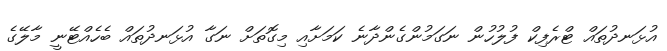
އުޅަނދުތައް ޓްރެފިކް ފުލުހުން ނަގަމުންގެންދާނެ ކަމަށާއި މިގޮތަށް ނަގާ އުޅަނދުތައް ބެހެއްޓޭނީ މާލޭގެ